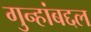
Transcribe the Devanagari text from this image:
गुन्हांबद्दल